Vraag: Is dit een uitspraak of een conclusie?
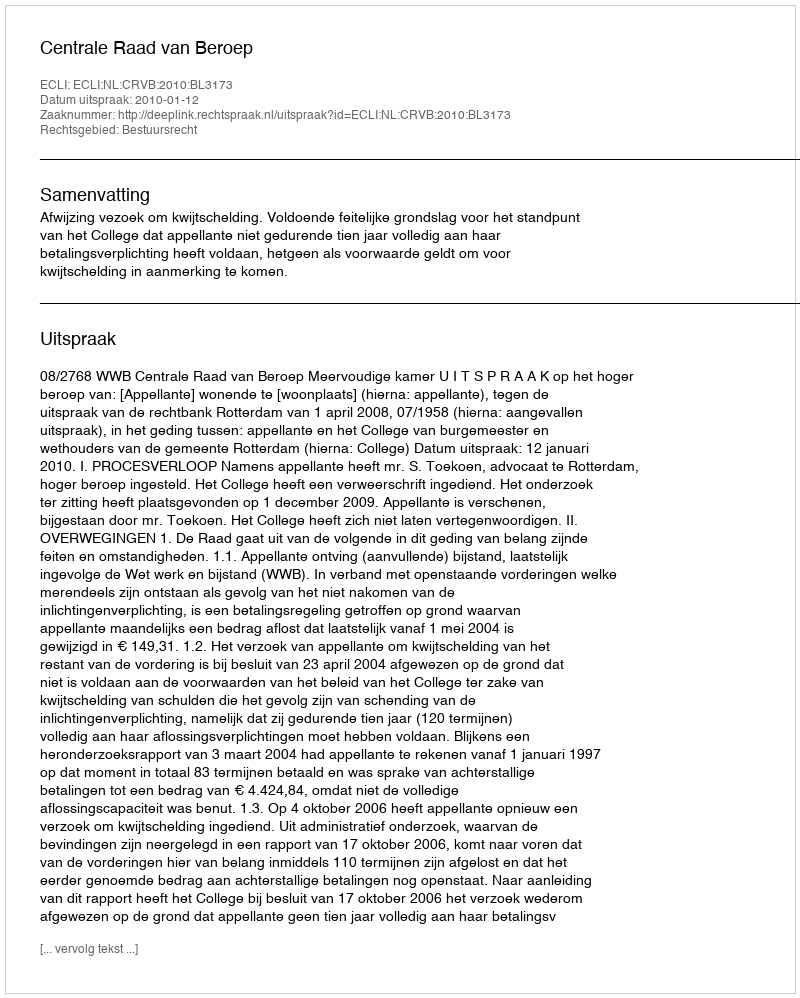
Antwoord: Uitspraak